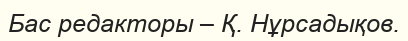
Бас редакторы – Қ. Нұрсадықов.